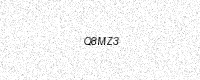
Text: Q8MZ3